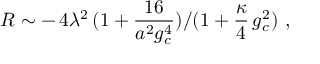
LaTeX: \: R \sim - \, 4 \lambda ^ { 2 } \, ( 1 + \frac { 1 6 } { a ^ { 2 } g _ { c } ^ { 4 } } ) / ( 1 + \frac { \kappa } { 4 } \, g _ { c } ^ { 2 } ) \, \, , \: